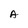
Character: A